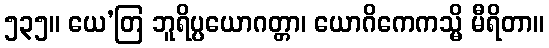
၅၃၅။ ယေ’တြ ဘူရိပ္ပယောဂတ္တာ၊ ယောဂိကေကသ္မိ မီရိတာ။